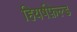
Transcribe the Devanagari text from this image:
हियर्षफ़ेल्ड